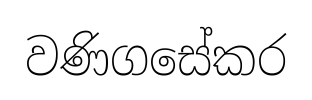
වණිගසේකර